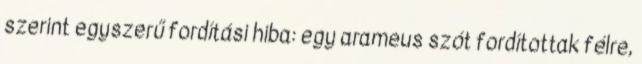
szerint egyszerű fordítási hiba: egy arameus szót fordítottak félre,